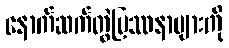
နောက်ဆက်တွဲပြဿနာများကို